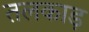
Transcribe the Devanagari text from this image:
तलकाड़